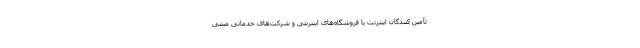
تأمین کنندگان اینترنت یا فروشگاه‌های اینترنتی و شرکت‌های خدماتی مبتنی